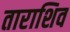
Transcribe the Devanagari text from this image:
ताराशिव